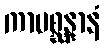
ကာမစ္ဆန္ဒာနံ